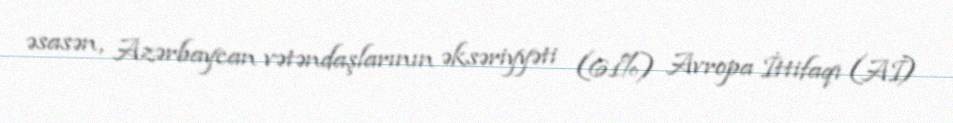
əsasən, Azərbaycan vətəndaşlarının əksəriyyəti (61%) Avropa İttifaqı (Aİ)